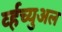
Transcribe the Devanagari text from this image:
र्व्हच्युअल